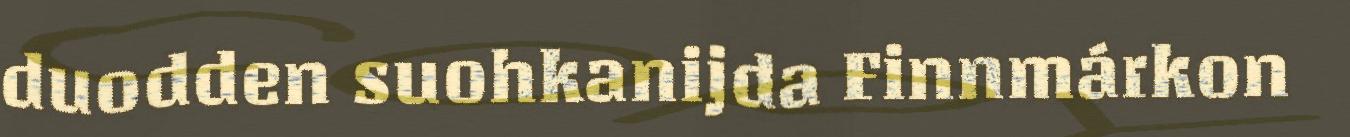
duodden suohkanijda Finnmárkon